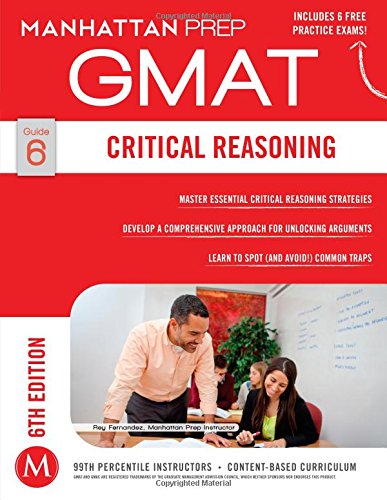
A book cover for GMAT Critical Reasoning (Manhattan Prep GMAT Strategy Guides); Manhattan Prep; Test Preparation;